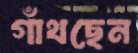
গাঁথছেন